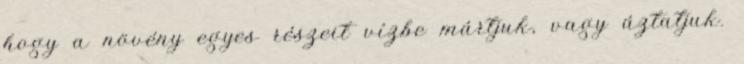
hogy a növény egyes részeit vízbe mártjuk, vagy áztatjuk.